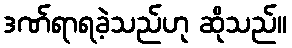
ဒဏ်ရာရခဲ့သည်ဟု ဆိုသည်။